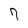
Character: 7